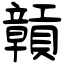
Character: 贑